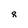
Character: q